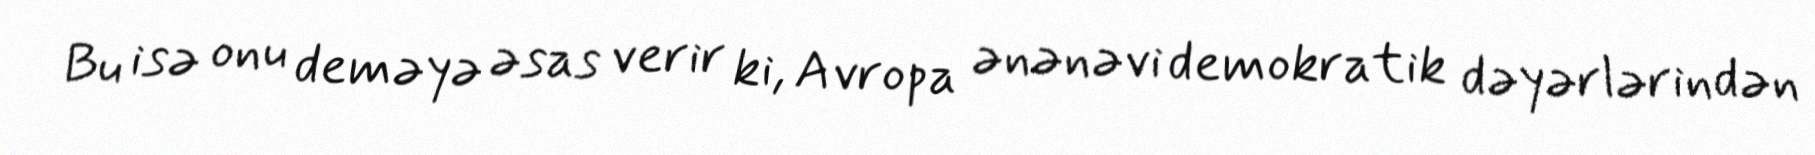
Bu isə onu deməyə əsas verir ki, Avropa ənənəvi demokratik dəyərlərindən